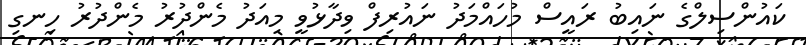
ކައުންސިލްގެ ނައިބު ރައީސް މުހައްމަދު ނައުރިފް ވިދާޅުވީ މިއަދު މެންދުރު މެންދުރު ހިނގި